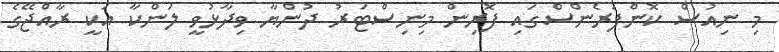
މި ނިއުސް ކޮންފަރެންސްގައި ފޮރިން މިނިސްޓަރު ދުންޔާ ވިދާޅުވީ ލަންކާ އަކީ ރާއްޖޭގެ